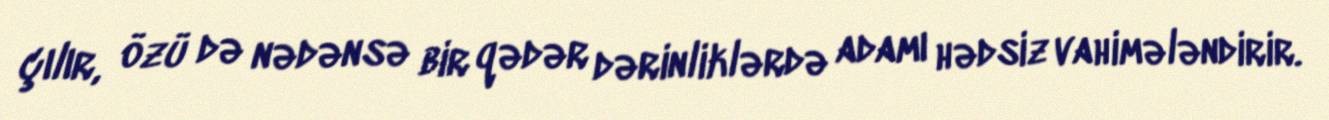
çılır, özü də nədənsə bir qədər dərinliklərdə adamı hədsiz vahimələndirir.